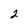
Character: 2